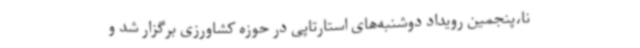
نا،پنجمین رویداد دوشنبه‌های استارتاپی در حوزه کشاورزی برگزار شد و